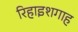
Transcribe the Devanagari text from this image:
रिहाइशगाह